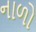
નાળો